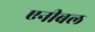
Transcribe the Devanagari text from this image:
एनीबल